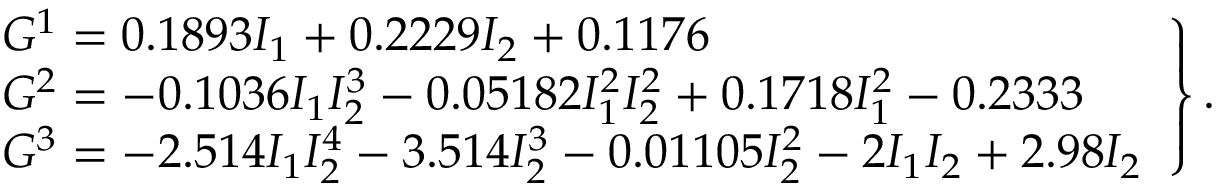
\left. \begin{array} { l } { G ^ { 1 } = 0 . 1 8 9 3 I _ { 1 } + 0 . 2 2 2 9 I _ { 2 } + 0 . 1 1 7 6 } \\ { G ^ { 2 } = - 0 . 1 0 3 6 I _ { 1 } I _ { 2 } ^ { 3 } - 0 . 0 5 1 8 2 I _ { 1 } ^ { 2 } I _ { 2 } ^ { 2 } + 0 . 1 7 1 8 I _ { 1 } ^ { 2 } - 0 . 2 3 3 3 } \\ { G ^ { 3 } = - 2 . 5 1 4 I _ { 1 } I _ { 2 } ^ { 4 } - 3 . 5 1 4 I _ { 2 } ^ { 3 } - 0 . 0 1 1 0 5 I _ { 2 } ^ { 2 } - 2 I _ { 1 } I _ { 2 } + 2 . 9 8 I _ { 2 } } \end{array} \right\} .